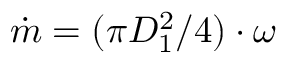
\dot { m } = ( \pi D _ { 1 } ^ { 2 } / 4 ) \cdot \omega